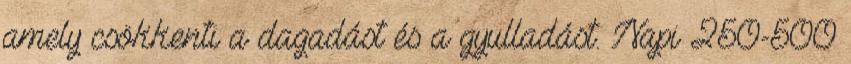
amely csökkenti a dagadást és a gyulladást. Napi 250-500